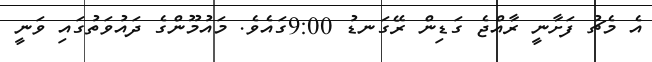
އެ މެޗު ފަށާނީ ރާއްޖެ ގަޑިން ރޭގަނޑު 9:00ގައެވެ. މައުމޫންގެ ދައުވަތުގައި ވަނީ